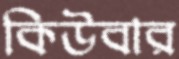
কিউবার